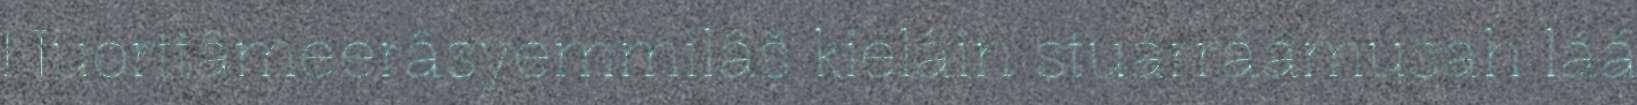
Nuorttâmeerâsyemmilâš kielâin stuárráámusah láá